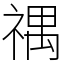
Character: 禑